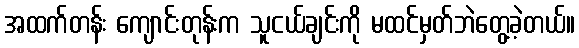
အထက်တန်း ကျောင်းတုန်းက သူငယ်ချင်းကို မထင်မှတ်ဘဲတွေ့ခဲ့တယ်။